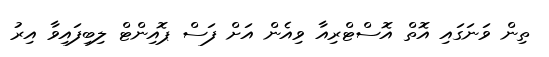
ތިން ވަނަގައި އޮތް އޮސްޓްރިއާ ވިއެން އަށް ފަސް ޕޮއިންޓް ލިބިފައިވާ އިރު